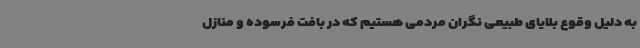
به دلیل وقوع بلایای طبیعی نگران مردمی هستیم که در بافت فرسوده و منازل